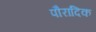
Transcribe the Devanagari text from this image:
पौरादिक